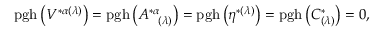
\mathrm { p g h } \left( V ^ { * \alpha ( \lambda ) } \right) = \mathrm { p g h } \left( A _ { \; \; \; ( \lambda ) } ^ { * \alpha } \right) = \mathrm { p g h } \left( \eta ^ { * ( \lambda ) } \right) = \mathrm { p g h } \left( C _ { ( \lambda ) } ^ { * } \right) = 0 ,